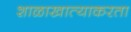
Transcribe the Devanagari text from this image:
शाळाखात्याकरता